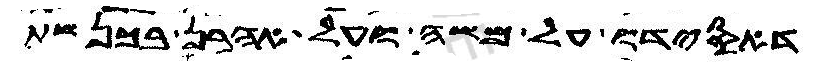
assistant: דאסידו על משה ועל אהרן בכנשת